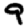
Digit: 9